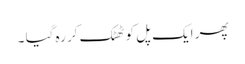
پھر ایک پل کو ٹھٹک کر رہ گیا ۔